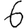
Digit: 6